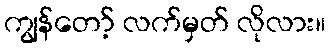
ကျွန်တော့် လက်မှတ် လိုလား။